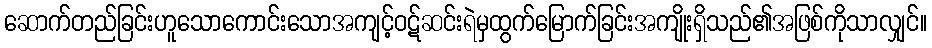
ဆောက်တည်ခြင်းဟူသောကောင်းသောအကျင့်ဝဋ်ဆင်းရဲမှထွက်မြောက်ခြင်းအကျိုးရှိသည်၏အဖြစ်ကိုသာလျှင်။